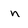
Character: n